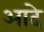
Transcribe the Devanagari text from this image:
आदे